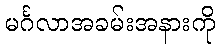
မင်္ဂလာအခမ်းအနားကို